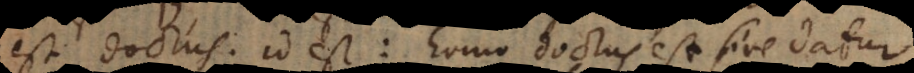
est doctus, id est: homo doctus est sive datur